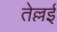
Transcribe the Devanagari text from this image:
तेल्लई